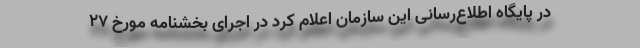
در پایگاه اطلاع‌رسانی این سازمان اعلام کرد در اجرای بخشنامه مورخ ۲۷